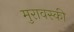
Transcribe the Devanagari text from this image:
मुरावस्की